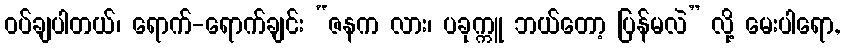
ဝပ်ချပါတယ်၊ ရောက်-ရောက်ချင်း “ဇနက လား၊ ပခုက္ကူ ဘယ်တော့ ပြန်မလဲ” လို့ မေးပါရော,